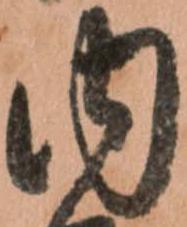
内